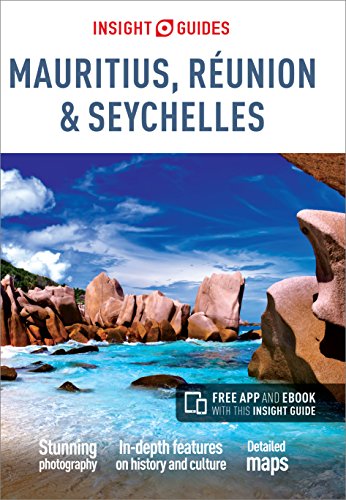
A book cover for Insight Guides: Mauritius, RÃ©union & Seychelles; Insight Guides; Travel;